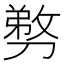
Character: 𭄍